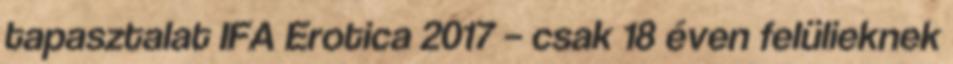
tapasztalat IFA Erotica 2017 – csak 18 éven felülieknek